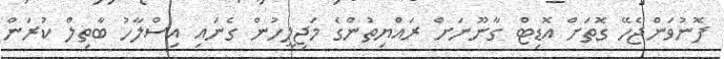
ފޮނުވަންޖެހޭ ގޮތަށް އޮޑިޓް ގާނޫނަށް ރައްުޔިތުންގެ މަޖިލީހުން ގެނައި އިސްލާހު ބާތިލް ކުރަން